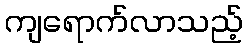
ကျရောက်လာသည့်